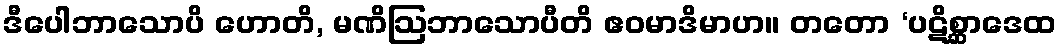
ဒီပေါဘာသောပိ ဟောတိ, မဏိဩဘာသောပီတိ ဧဝမာဒိမာဟ။ တတော ‘ပဋိစ္ဆာဒေထ